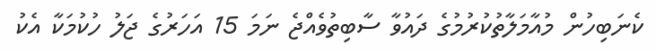
ކެނަބިހުން މުއާމަލާތުކުރުމުގެ ދައުވާ ސާބިތުވެއްޖެ ނަމަ 15 އަހަރުގެ ޖަލު ހުކުމަކާ އެކު